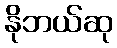
နိုဘယ်ဆု